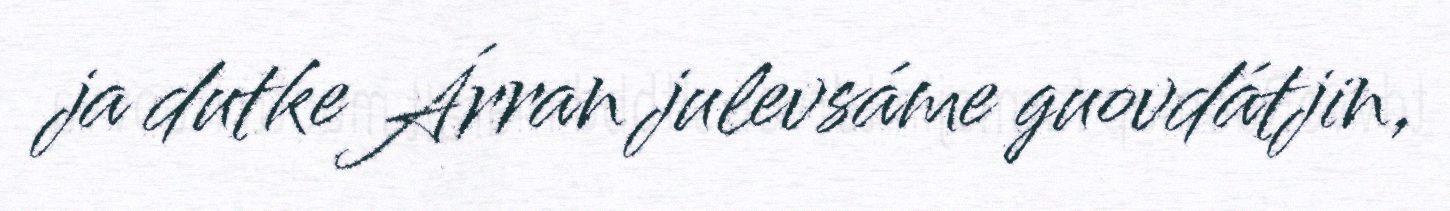
ja dutke Árran julevsáme guovdátjin,